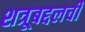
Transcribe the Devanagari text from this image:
शत्रूबद्दलची